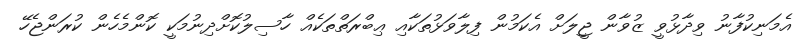
އެމަނިކުފާނު ވިދާޅުވީ ޒުވާން ޖީލަށް އެކަމުން ފިލާވަޅުތަކާއި ޢިބްރަތްތަކެއް ހާސިލުކޮށްދިނުމަކީ ކޮންމެހެން ކުރަންޖެހޭ